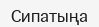
Сипатыңа